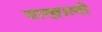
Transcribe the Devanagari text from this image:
याखाली